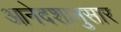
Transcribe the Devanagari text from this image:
आनेदशानुसार